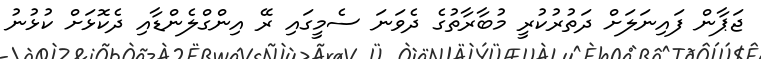
ޖަޕާން ފައިނަލަށް ދަތުރުކުރީ މުބާރާތުގެ ދެވަނަ ސެމީގައި ރޭ އިންގްލެންޑާއި ދެކޮޅަށް ކުޅުނު